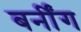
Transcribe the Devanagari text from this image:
बर्नींग